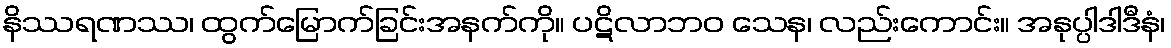
နိဿရဏဿ၊ ထွက်မြောက်ခြင်းအနက်ကို။ ပဋိလာဘဝ သေန၊ လည်းကောင်း။ အနုပ္ပါဒါဒီနံ၊